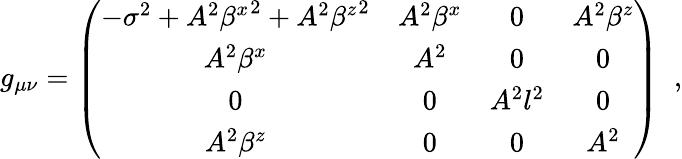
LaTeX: g_{\mu\nu}=\left(\begin{array}{cccc}{{-{\sigma}^{2}+A^{2}{\beta^{x}}^{2}+A^{2}{\beta^{z}}^{2}}}&{{A^{2}\beta^{x}}}&{{0}}&{{A^{2}\beta^{z}}}\\ {{A^{2}\beta^{x}}}&{{A^{2}}}&{{0}}&{{0}}\\ {{0}}&{{0}}&{{A^{2}l^{2}}}&{{0}}\\ {{A^{2}\beta^{z}}}&{{0}}&{{0}}&{{A^{2}}}\end{array}\right)\; \; ,